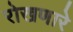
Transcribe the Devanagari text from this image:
रोखणारे